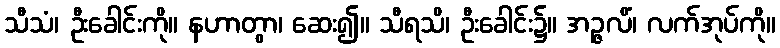
သီသံ၊ ဦးခေါင်းကို။ နဟာတွာ၊ ဆေး၍။ သီရသိ၊ ဦးခေါင်း၌။ အဉ္ဇလိံ၊ လက်အုပ်ကို။